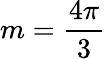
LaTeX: m={\frac{4\pi}{3}}